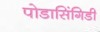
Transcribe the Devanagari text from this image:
पोडासिंगिडी